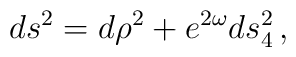
ds^2 = d\rho^2 + e^{2\omega} ds_4^2\,,